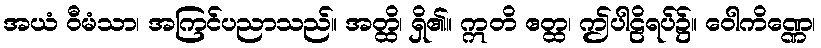
အယံ ဝီမံသာ၊ အကြင်ပညာသည်။ အတ္ထိ၊ ရှိ၏။ ဣတိ ဧတ္ထ၊ ဤပါဠိရပ်၌။ ဝေါကိဏ္ဏေ၊